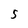
Character: 5